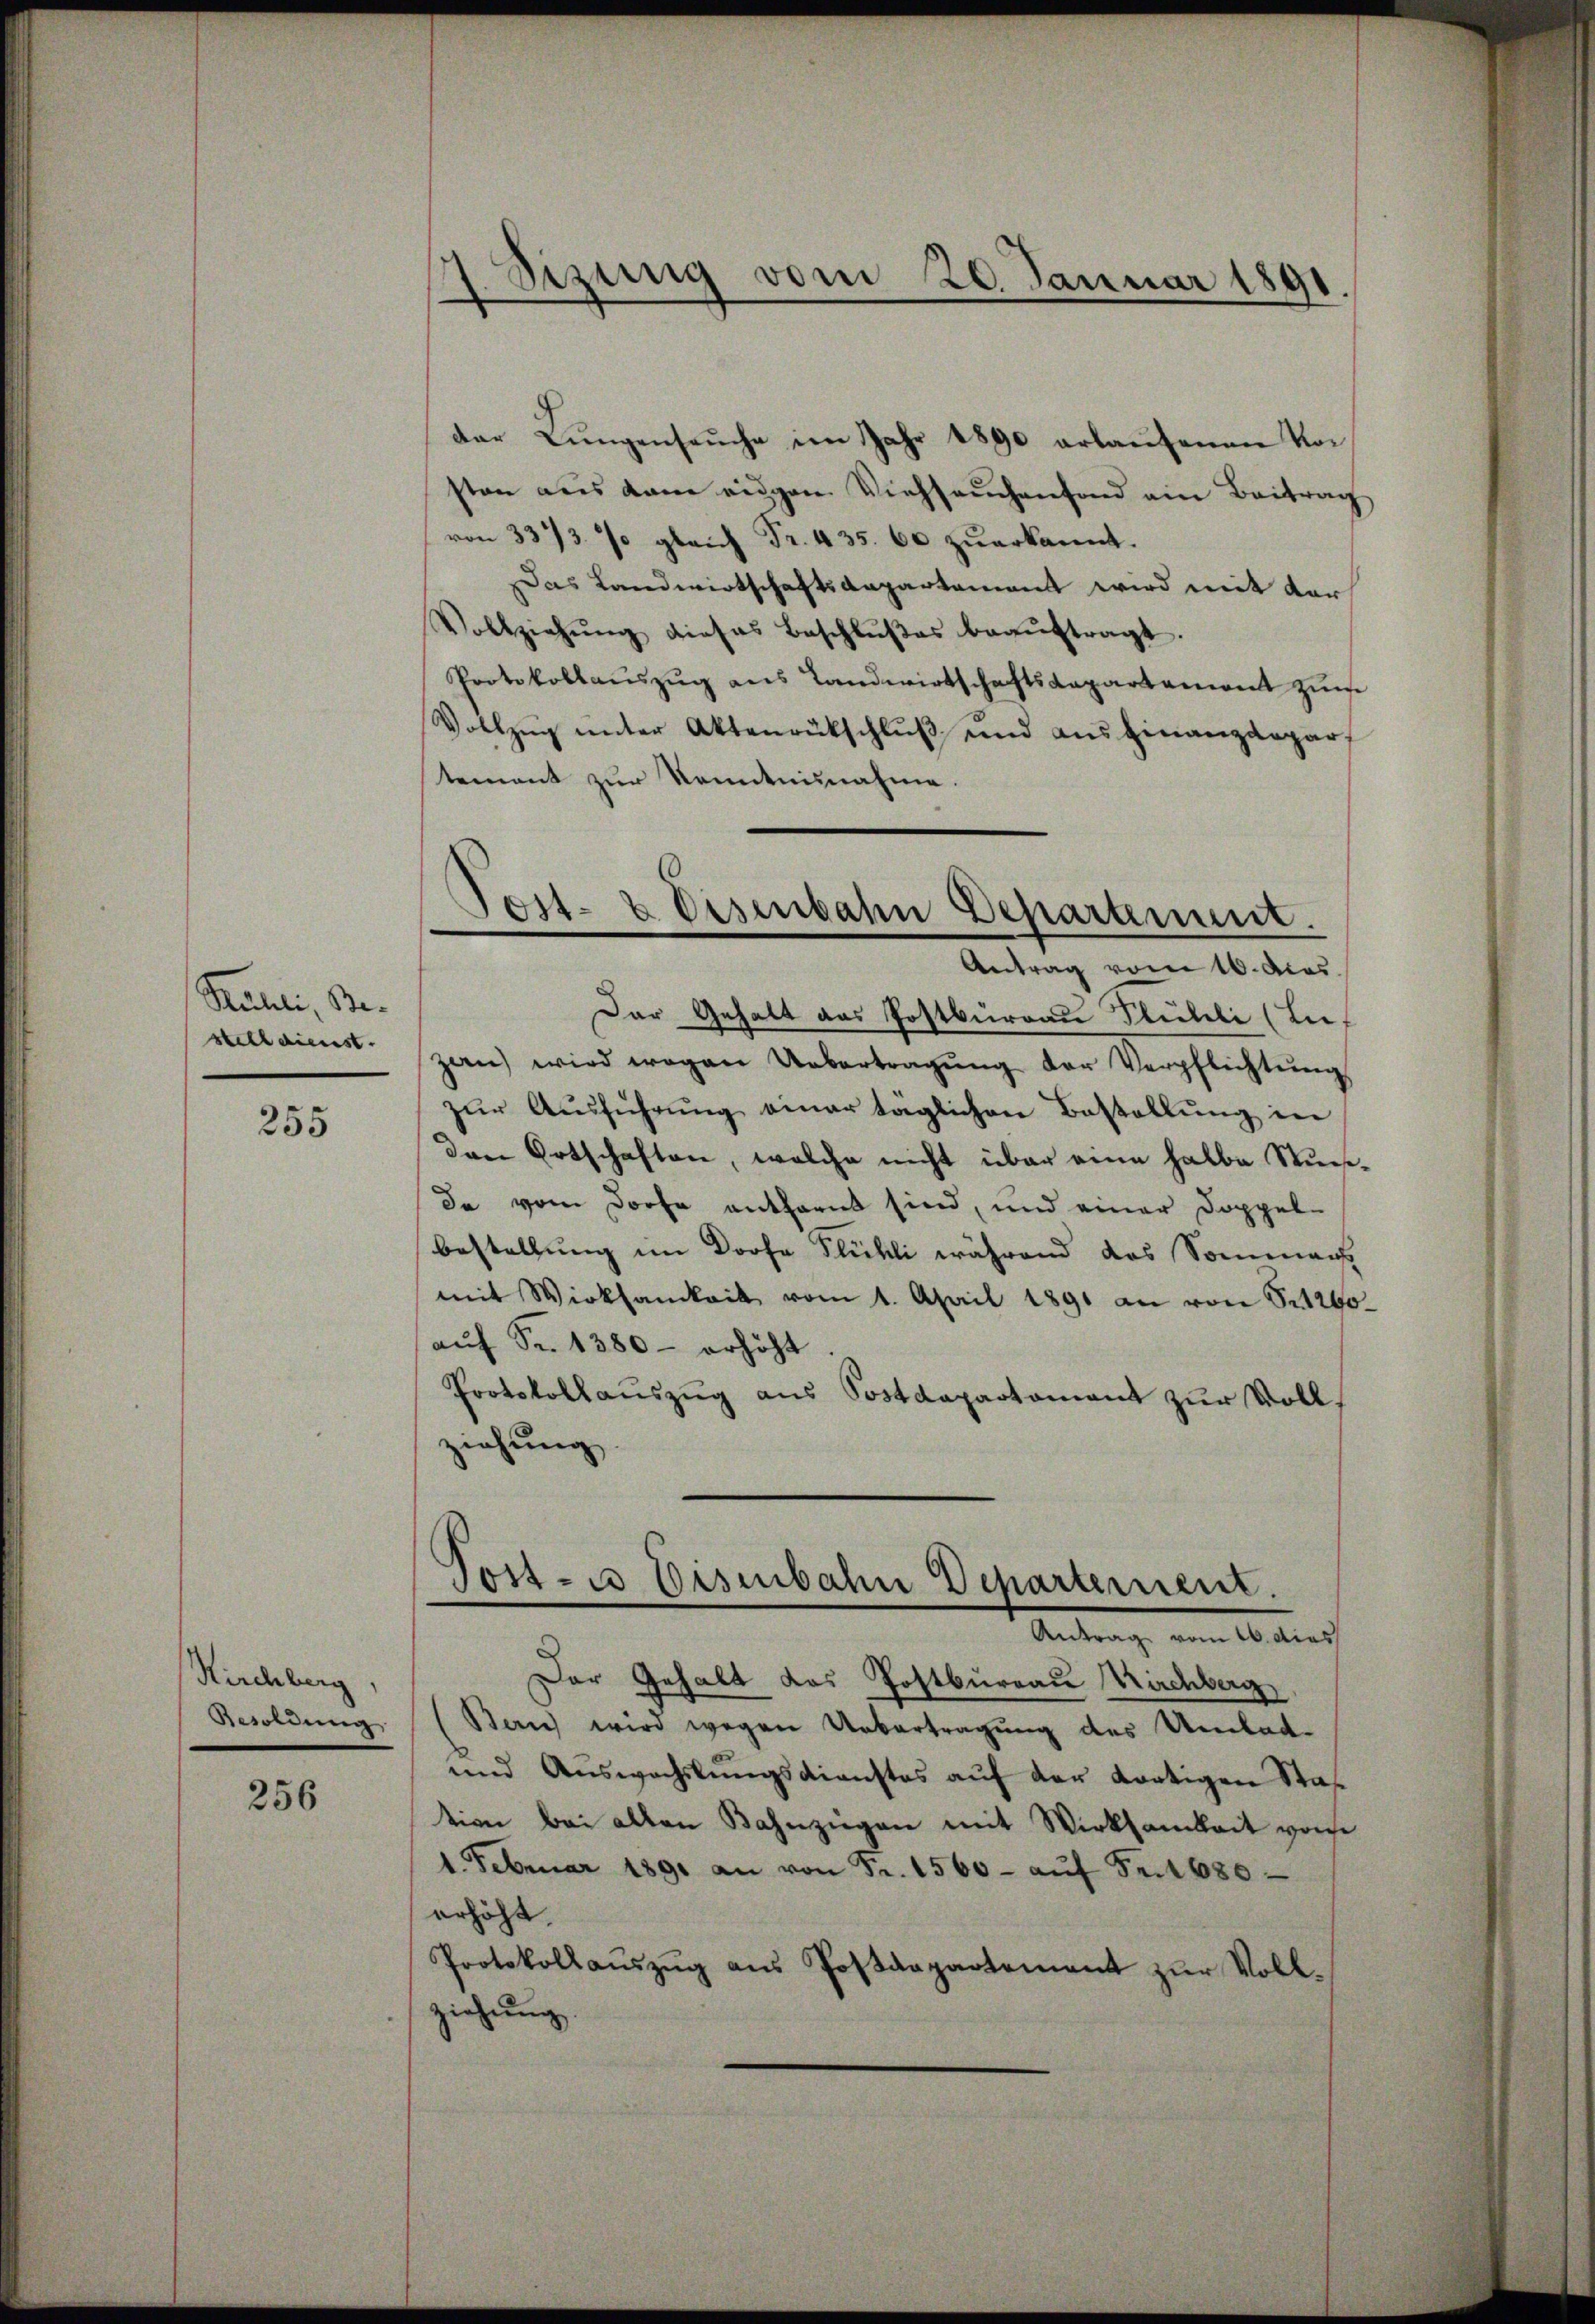
Ruhli, Be- |
stelldienst. |

255

Kirchberg,

256

1 Sizung vom 20. Januar 1891.

der Lungensaŭche im Jahr 1890 erlaŭfenen Vorsten aus kam eigen Viehseuchenfond ein Beitrag
von 3373. % gleich Fr. 435. 60 zuerkannt.
Das Landwirtschaftsaepartement wird mit der
Vollziehŭng dieses Beschlŭβes beaŭftragt.
Protokollauszug aus Landwirtschaftsgapartement zum
Vollzŭg ŭnter Aktenrückschlŭβ und ausfinanzdepar
tement zur Kenntnisnahme.
Der Gehalt aus Postburrau Flühli (Luf
zan) wird wegen Uebertragŭng der Verpflichtŭng
zŭr Aŭsführŭng einer täglichen Bestellŭng in
den Ortschaften, welche nicht über eine halbe Stunda vom Dorfe entfernt sind, und einer Doppel-
bestellung im Dorfe Flühli während das Sommen
mit Wirksamkeit vom 1. April 1891 an von Sr1260
auf Fr. 1380 - erhöht
Protokollauszug aus Postdepartament zur Vollziehung

Tost- & Eisenbahn Departement.
e
Antrag vom 16. Apos

Torte Bisenbahn Departement.
Antrag vom 16. dies

Der Gehalt das Postbureau Kirchberg
Besoldŭng (Ban) wird wegen Uebertragung des Umlad-
und Auswachslungsdienstes aŭf der dortigen Staf
tion bei allen Bahnzügen mit Wirksamkeit von
1. Februar 1891 an von Fr. 1560- aŭf Fr. 1680
erhöht.
Protokollaŭszŭg aŭs Postdepartement zŭr Voll-
ziehung.